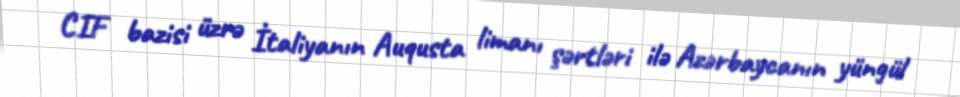
CIF bazisi üzrə İtaliyanın Auqusta limanı şərtləri ilə Azərbaycanın yüngül